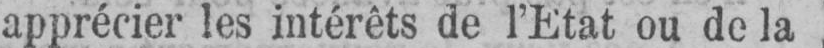
apprécier les intérêts de l’Etat ou de la